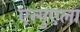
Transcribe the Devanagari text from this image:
एन्गुएला